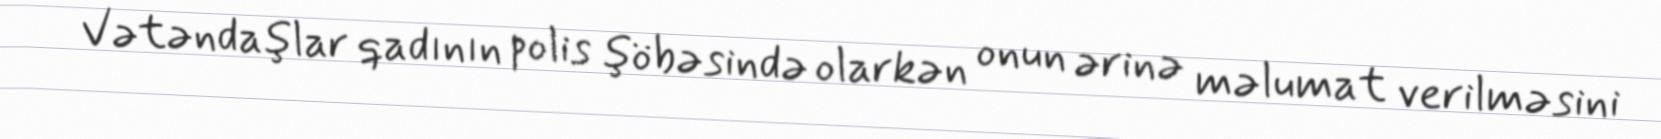
Vətəndaşlar qadının polis şöbəsində olarkən onun ərinə məlumat verilməsini